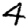
Digit: 4